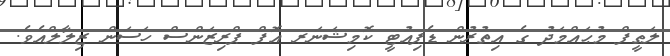
ލަޠީފް މުޙައްމަދު ގެ އިތުރުން ޑެޕިއުޓީ ކޮމިޝަނަރ އޮފް ޕްރިޒަންސް ހަސަން ޒިލާލްއެވެ.